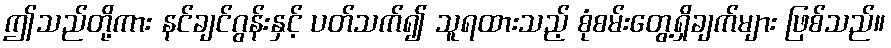
ဤသည်တို့ကား နင်ချင်ဂွန်းနှင့် ပတ်သက်၍ သူရထားသည့် စုံစမ်းတွေ့ရှိချက်များ ဖြစ်သည်။